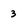
Character: 3